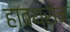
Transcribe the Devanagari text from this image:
हावथ्रोन